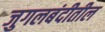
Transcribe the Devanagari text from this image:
जुगलबंदीतील